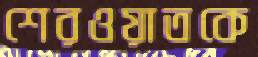
শেরওয়াতকে